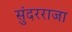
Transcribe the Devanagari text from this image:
सुंदरराजा